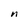
Character: n